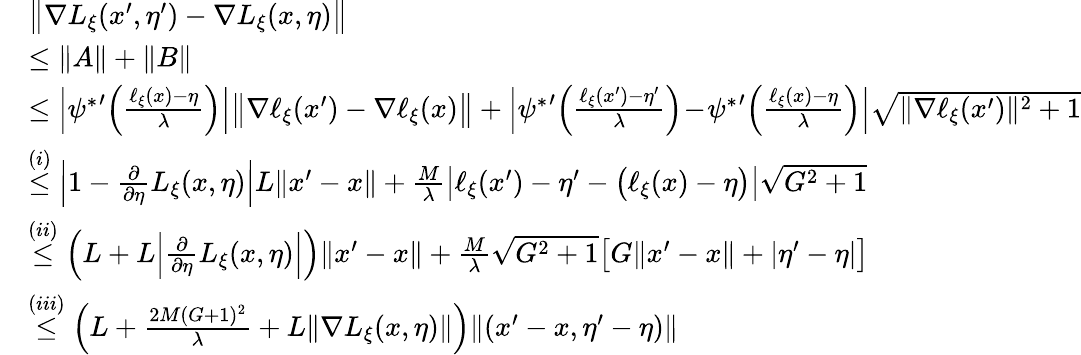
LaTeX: \begin{array}{rl}&{\big\| \nabla L_{\xi}(x^{\prime},\eta^{\prime})-\nabla L_{\xi}(x,\eta)\big\| }\\ &{\le\| A\| +\| B\| }\\ &{\le\Big|{\psi^{*}}^{\prime}\Big(\frac{\ell_{\xi}(x)-\eta}{\lambda}\Big)\Big|\big\| \nabla\ell_{\xi}(x^{\prime})-\nabla\ell_{\xi}(x)\big\| +\Big|{\psi^{*}}^{\prime}\Big(\frac{\ell_{\xi}(x^{\prime})-\eta^{\prime}}{\lambda}\Big)\! -\! {\psi^{*}}^{\prime}\Big(\frac{\ell_{\xi}(x)-\eta}{\lambda}\Big)\Big|\sqrt{\| \nabla\ell_{\xi}(x^{\prime})\| ^{2}+1}}\\ &{\overset{(i)}{\le}\Big|1-\frac{\partial}{\partial\eta}L_{\xi}(x,\eta)\Big|L\| x^{\prime}-x\| +\frac{M}{\lambda}\big|\ell_{\xi}(x^{\prime})-\eta^{\prime}-\big(\ell_{\xi}(x)-\eta\big)\big|\sqrt{G^{2}+1}}\\ &{\overset{(ii)}{\le}\Big(L+L\Big|\frac{\partial}{\partial\eta}L_{\xi}(x,\eta)\Big|\Big)\| x^{\prime}-x\| +\frac{M}{\lambda}\sqrt{G^{2}+1}\big[G\| x^{\prime}-x\| +|\eta^{\prime}-\eta|\big]}\\ &{\overset{(iii)}{\le}\Big(L+\frac{2M(G+1)^{2}}{\lambda}+L\| \nabla L_{\xi}(x,\eta)\| \Big)\| (x^{\prime}-x,\eta^{\prime}-\eta)\| }\end{array}